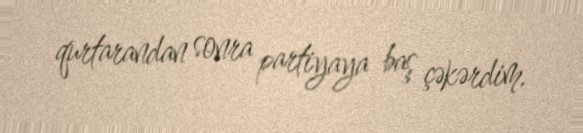
qurtarandan sonra partiyaya baş çəkərdim.